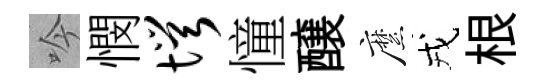
吟憫愕憧醸縻戎根